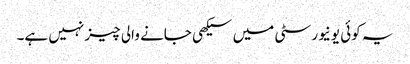
یہ کوئی یونیورسٹی میں سیکھی جانے والی چیز نہیں ہے۔